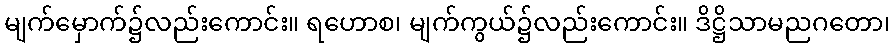
မျက်မှောက်၌လည်းကောင်း။ ရဟောစ၊ မျက်ကွယ်၌လည်းကောင်း။ ဒိဋ္ဌိသာမညဂတော၊